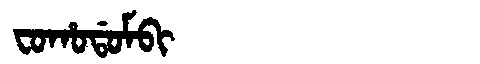
Manchu: ᠸᠣᡥᠣᡩᠣᠮᠪᡳ
Romanization: FOHODOMBI